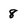
Character: 8